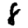
Digit: 8